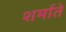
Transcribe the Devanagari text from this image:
शर्माते